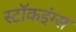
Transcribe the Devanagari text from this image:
स्टॉकइंग्स